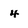
Character: 4